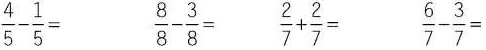
$$\frac { 4 } { 5 } + \frac { 1 } { 5 } =$$ $$\frac { 8 } { 7 } + \frac { 3 } { 7 } =$$ $$\frac { 2 } { 9 } + \frac { 2 } { 9 } =$$ $$\frac {6 } { 10 } + \frac { 3 } { 10 } =$$